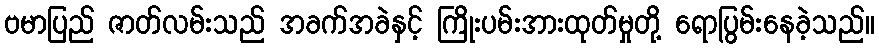
ဗမာပြည် ဇာတ်လမ်းသည် အခက်အခဲနှင့် ကြိုးပမ်းအားထုတ်မှုတို့ ရောပြွမ်းနေခဲ့သည်။